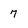
Character: 7